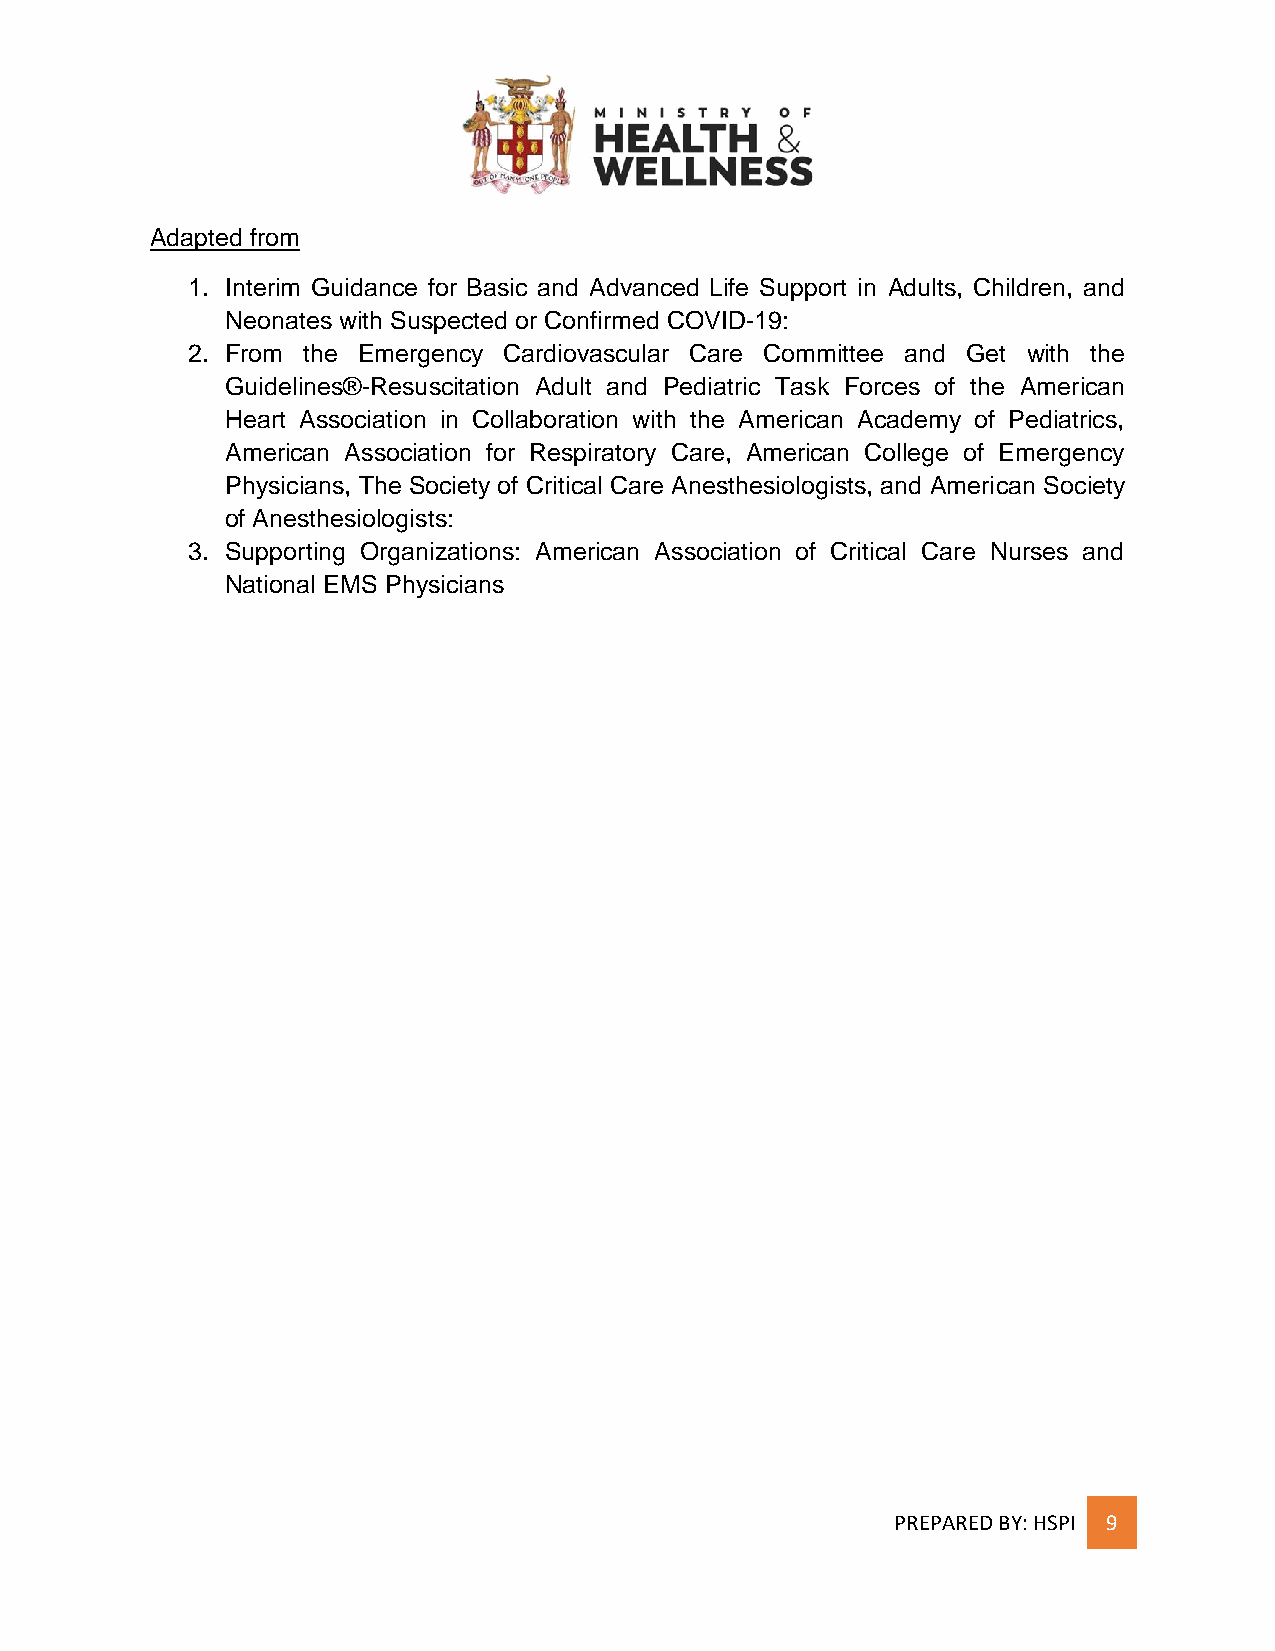
Adapted from
 1. Interim Guidance for Basic and Advanced Life Support in Adults, Children, and
 Neonates with Suspected or Confirmed COVID-19:
 2. From the Emergency Cardiovascular Care Committee and Get with the
 Guidelines®-Resuscitation Adult and Pediatric Task Forces of the American
 Heart Association in Collaboration with the American Academy of Pediatrics,
 American Association for Respiratory Care, American College of Emergency
 Physicians, The Society of Critical Care Anesthesiologists, and American Society
 of Anesthesiologists:
 3. Supporting Organizations: American Association of Critical Care Nurses and
 National EMS Physicians
 PREPARED BY: HSPI 9